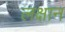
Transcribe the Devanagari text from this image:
लक्षान